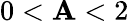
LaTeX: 0<\mathbf{A}<2